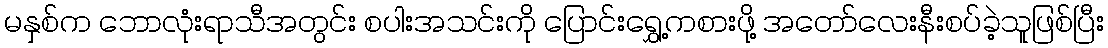
မနှစ်က ဘောလုံးရာသီအတွင်း စပါးအသင်းကို ပြောင်းရွှေ့ကစားဖို့ အတော်လေးနီးစပ်ခဲ့သူဖြစ်ပြီး